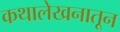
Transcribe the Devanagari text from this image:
कथालेखनातून